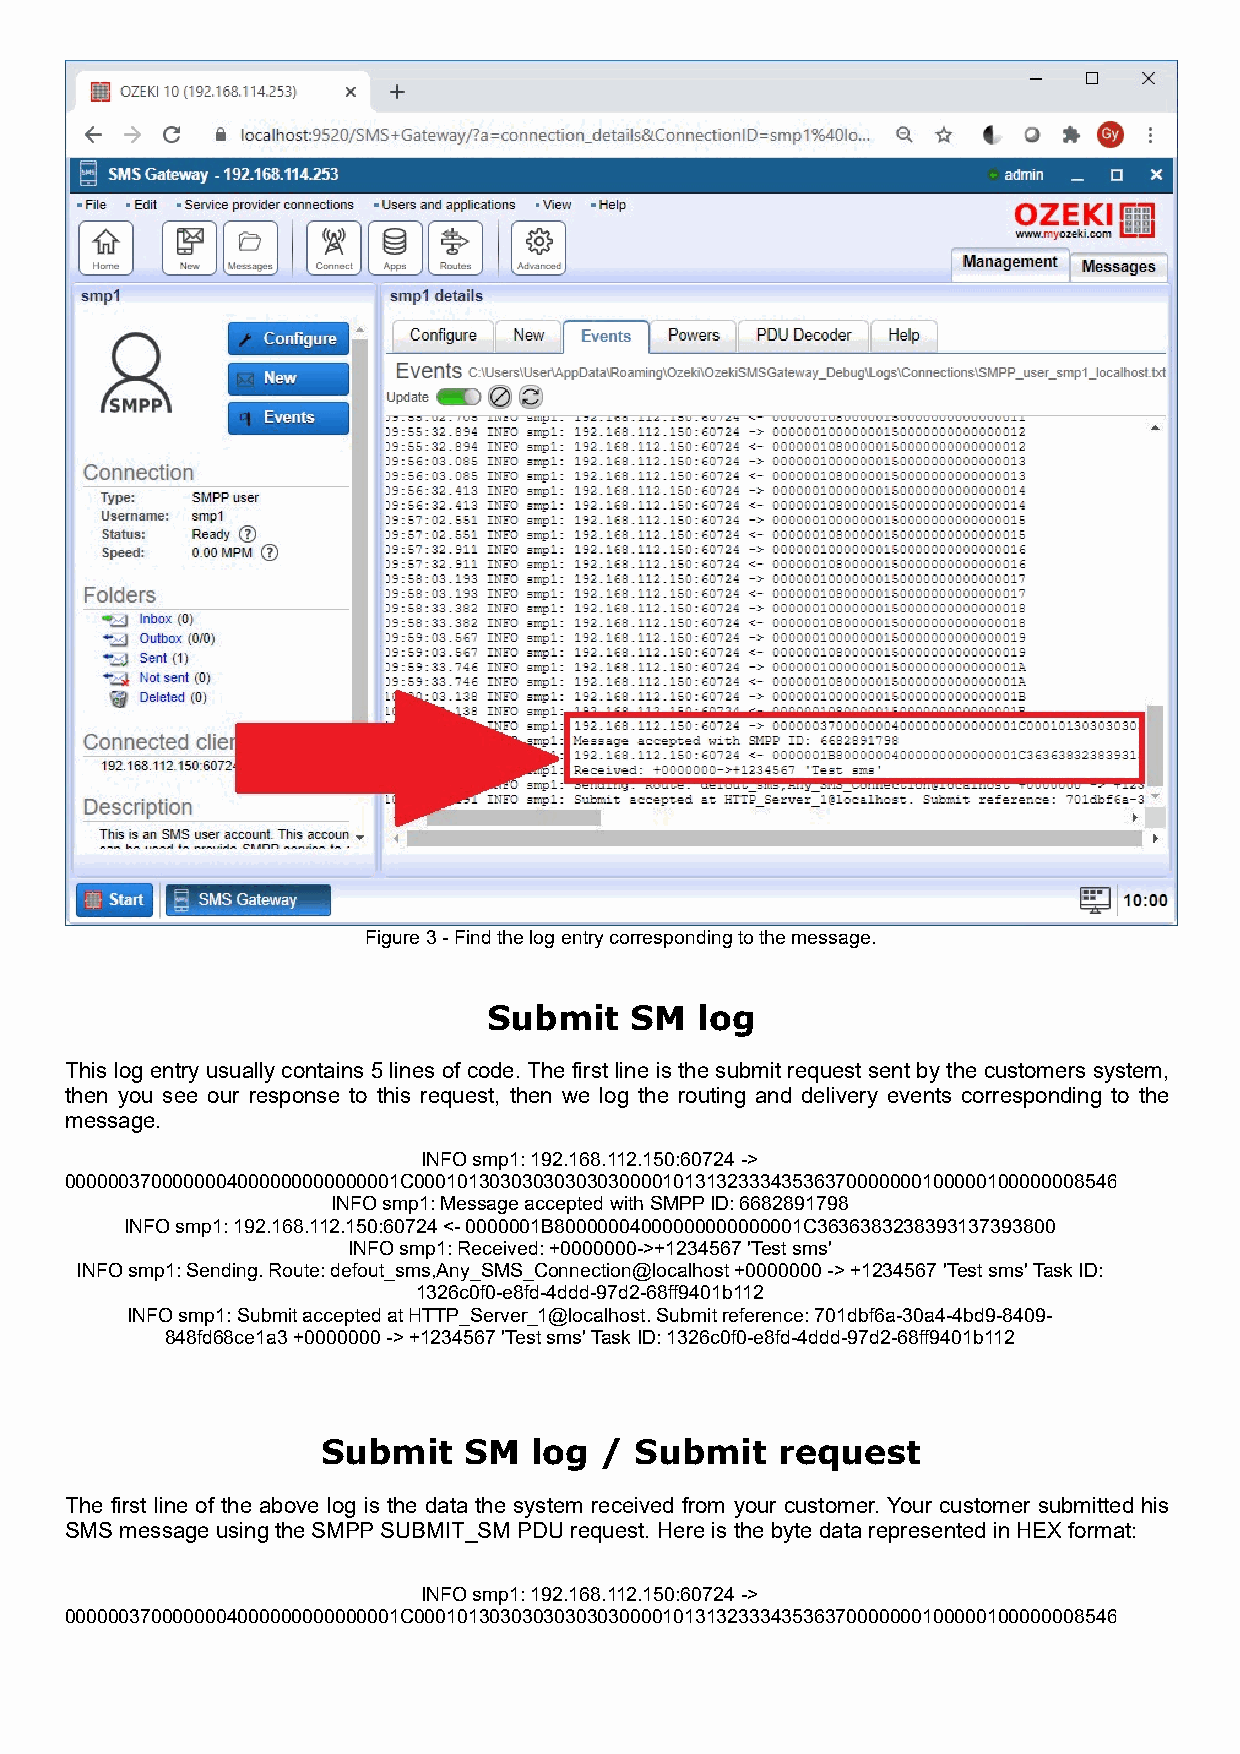
Figure 3 - Find the log entry corresponding to the message.
 Submit    SM  log
 This log entry usually contains 5 lines of code. The first line is the submit request sent by the customers system,
 then you see our response to this request, then we log the routing and delivery events corresponding to the
 message.
 INFO smp1: 192.168.112.150:60724 ->
 0000003700000004000000000000001C00010130303030303030000101313233343536370000000100000100000008546
 INFO smp1: Message accepted with SMPP ID: 6682891798
 INFO smp1: 192.168.112.150:60724 <- 0000001B80000004000000000000001C3636383238393137393800
 INFO smp1: Received: +0000000->+1234567 'Test sms'
 INFO smp1: Sending. Route: defout_sms,Any_SMS_Connection@localhost +0000000 -> +1234567 'Test sms' Task ID:
 1326c0f0-e8fd-4ddd-97d2-68ff9401b112
 INFO smp1: Submit accepted at HTTP_Server_1@localhost. Submit reference: 701dbf6a-30a4-4bd9-8409-
 848fd68ce1a3 +0000000 -> +1234567 'Test sms' Task ID: 1326c0f0-e8fd-4ddd-97d2-68ff9401b112
 Submit    SM  log  / Submit    request
 The first line of the above log is the data the system received from your customer. Your customer submitted his
 SMS message using the SMPP SUBMIT_SM PDU request. Here is the byte data represented in HEX format:
 INFO smp1: 192.168.112.150:60724 ->
 0000003700000004000000000000001C00010130303030303030000101313233343536370000000100000100000008546